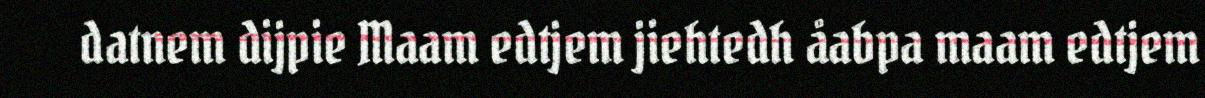
datnem dijpie Maam edtjem jiehtedh åabpa maam edtjem